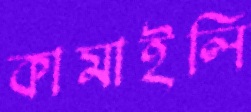
কামাইলি